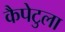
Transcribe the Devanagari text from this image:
कैपेटुला